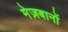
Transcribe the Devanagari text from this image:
मेज़बानों